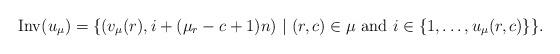
LaTeX: \begin{align*}\mathrm{Inv}(u_\mu) =\{ (v_{\mu}(r), i+(\mu_r-c+1)n)\ |\ \hbox{$(r,c)\in \mu$ and $i\in \{1, \ldots, u_\mu(r,c)\}$}\}.\end{align*}